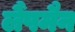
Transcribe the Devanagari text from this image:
लैंपमैन